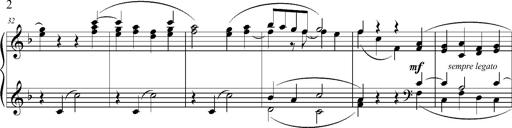
Title: Ave Maria d' Arcadelt
Composer: Franz Liszt